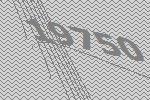
19750